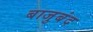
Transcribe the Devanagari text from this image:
बाजुबंद